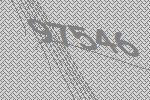
97546